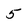
Character: 5